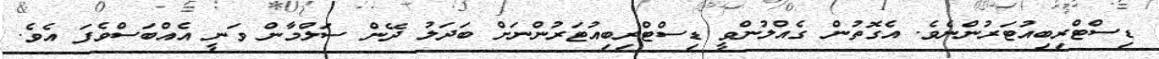
ޑިސްޓްރިބިއުޓަރުންނެވެ. އެގޮތުން ގެއްލުންވީ ޑިސްޓްރިބިއުޓަރުންނަށް ބަދަލު ދޭން ސަލްމާން ވަނީ އެއްބަސްވެފަ އެވެ.